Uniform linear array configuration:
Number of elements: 24
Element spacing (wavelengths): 0.5
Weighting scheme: uniform
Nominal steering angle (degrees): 45
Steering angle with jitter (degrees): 46.25
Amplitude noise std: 0.05
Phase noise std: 0.05

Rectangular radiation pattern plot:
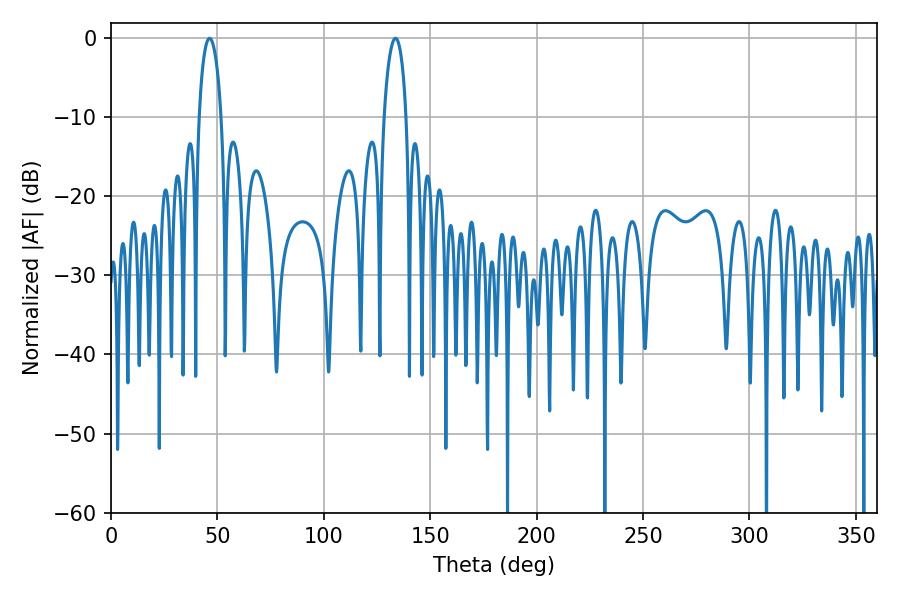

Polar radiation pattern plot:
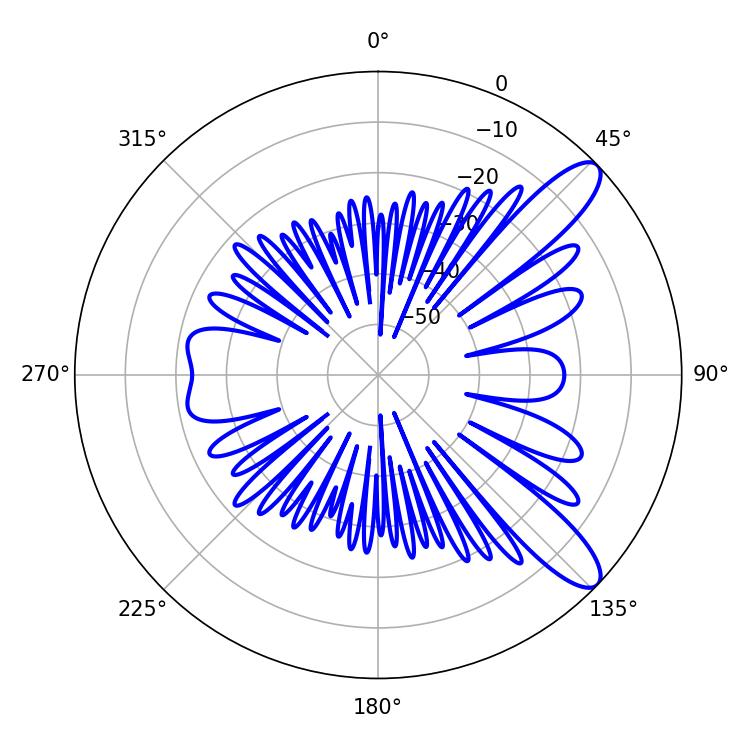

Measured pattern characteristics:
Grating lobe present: FALSE
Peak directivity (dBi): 10.725
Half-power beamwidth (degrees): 5.94
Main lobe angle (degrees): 46.26